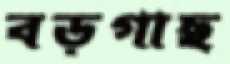
বড়গাছ